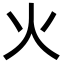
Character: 火